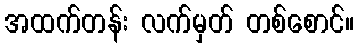
အထက်တန်း လက်မှတ် တစ်စောင်။